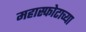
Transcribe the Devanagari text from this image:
महास्फोटाच्या